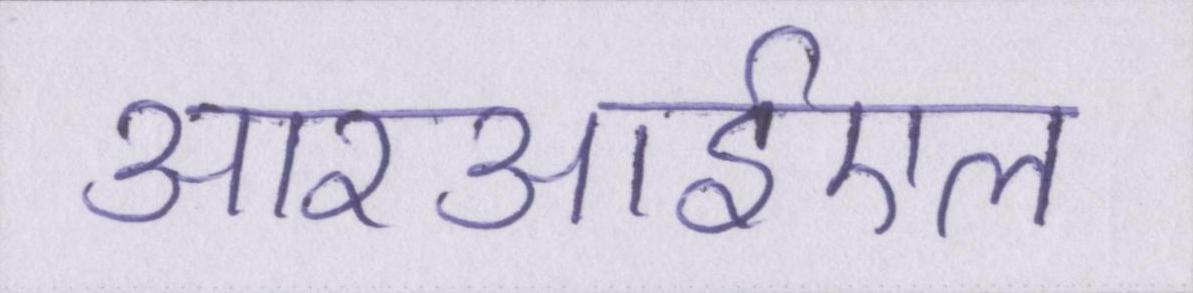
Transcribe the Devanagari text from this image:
आरआईएल